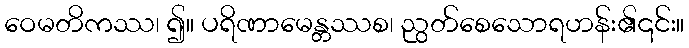
ဝေမတိကဿ၊ ၍။ ပရိဏာမေန္တဿစ၊ ညွတ်စေသောရဟန်း၏၎င်း။